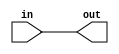
module top_module(
  input wire in,
  output wire out
);

  assign out = in;

endmodule